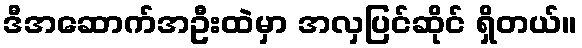
ဒီအဆောက်အဦးထဲမှာ အလှပြင်ဆိုင် ရှိတယ်။